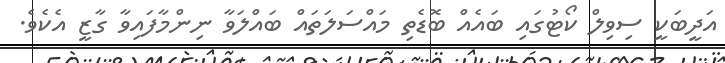
އަދީބަކީ ސިވިލް ކޯޓުގައި ބައެއް ބޮޑެތި މައްސަލަތައް ބައްލަވާ ނިންމާފައިވާ ގާޒީ އެކެވެ.